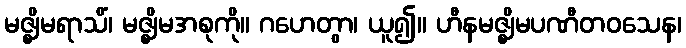
မဇ္ဈိမရာသိံ၊ မဇ္ဈိမအစုကို။ ဂဟေတွာ၊ ယူ၍။ ဟီနမဇ္ဈိမပဏီတဝသေန၊